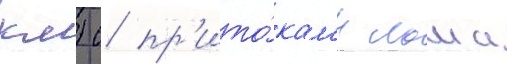
км) с пр'ито́кам'и лоша